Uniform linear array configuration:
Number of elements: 48
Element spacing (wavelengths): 1
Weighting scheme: hann
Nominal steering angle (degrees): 15
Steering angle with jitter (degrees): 14.994
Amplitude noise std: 0.05
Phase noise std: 0.05

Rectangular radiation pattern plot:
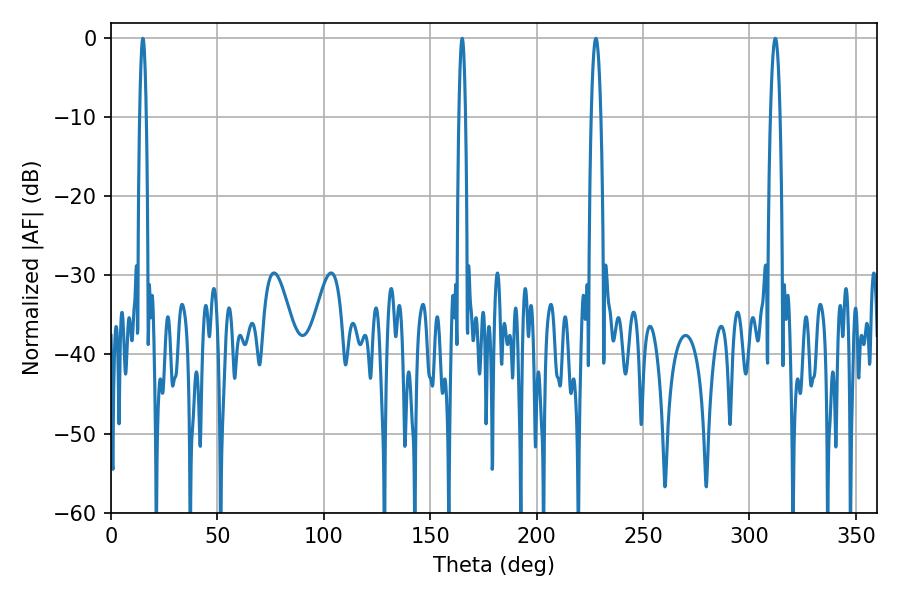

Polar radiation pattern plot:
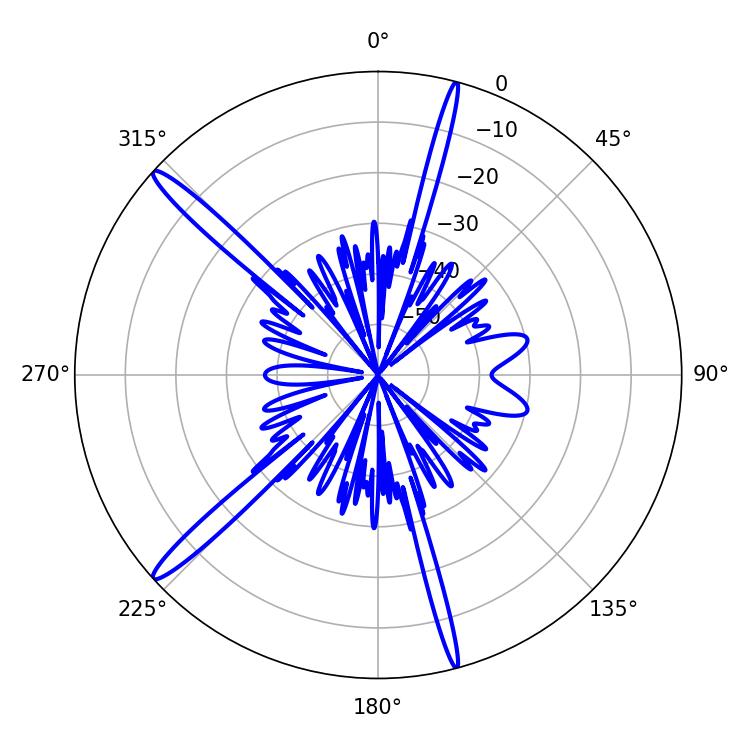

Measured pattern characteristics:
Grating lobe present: TRUE
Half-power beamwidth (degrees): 2.52
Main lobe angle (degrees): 312.12